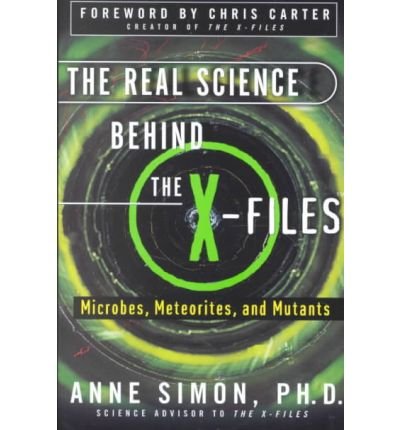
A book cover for The Real Science Behind the X-files: Microbes, Meteorites, and Mutants; Anne Elizabeth Simon; Science & Math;